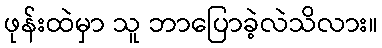
ဖုန်းထဲမှာ သူ ဘာပြောခဲ့လဲသိလား။